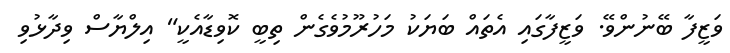
ވަޒީފާ ބޭނުންވޭ. ވަޒީފާގައި އެތައް ބަޔަކު މަހުރޫމުވެގެން ތިބީ ކޮވިޑާއެކީ" އިލްޔާސް ވިދާޅުވި